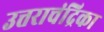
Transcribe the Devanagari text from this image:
उत्तराचंद्रिका